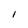
Character: I